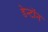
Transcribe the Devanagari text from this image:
डेन्टॉन